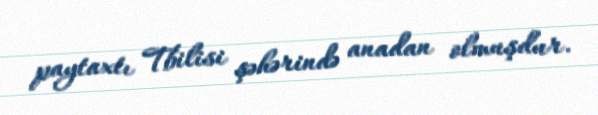
paytaxtı Tbilisi şəhərində anadan olmuşdur.